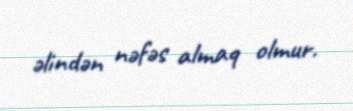
əlindən nəfəs almaq olmur.